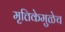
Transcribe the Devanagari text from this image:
मृत्तिकेमुळेच